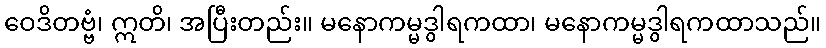
ဝေဒိတဗ္ဗံ၊ ဣတိ၊ အပြီးတည်း။ မနောကမ္မဒွါရကထာ၊ မနောကမ္မဒွါရကထာသည်။